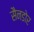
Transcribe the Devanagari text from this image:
सैनडोर